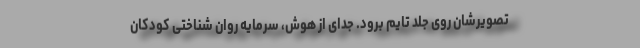
تصویرشان روی جلد تایم برود. جدای از هوش، سرمایه روان شناختی کودکان